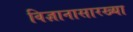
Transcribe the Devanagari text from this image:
विज्ञानासारख्या